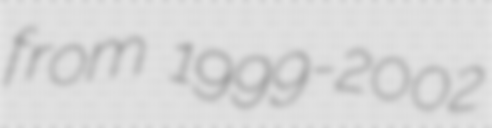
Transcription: from 1999-2002